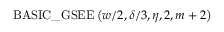
\mathrm { B A S I C \_ G S E E } \left( w / 2 , \delta / 3 , \eta , 2 , m + 2 \right)